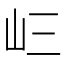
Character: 𭖁